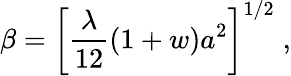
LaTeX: \beta=\left\lbrack\frac{\lambda}{12}(1+w)a^{2}\right\rbrack^{1/2}\; ,